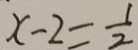
x - 2 = \frac { 1 } { 2 }